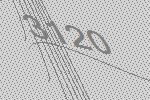
3120